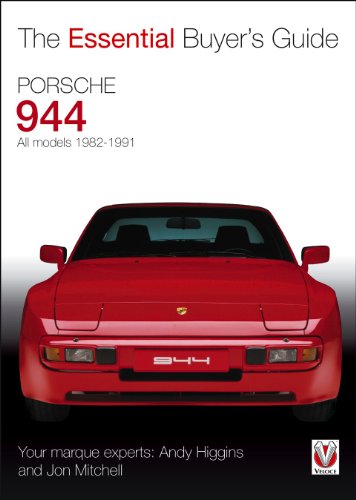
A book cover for Porsche 944: All models 1982-1991 (Essential Buyer's Guide); Andy Higgins; Engineering & Transportation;